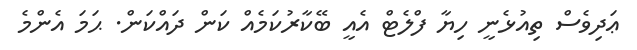
ޢަދިވެސް ތިއުޅެނީ ހިޔާ ފްލެޓް އެއީ ބޭކާރުކަމެއް ކަން ދައްކަން. ޙަަމަ އެންމެ